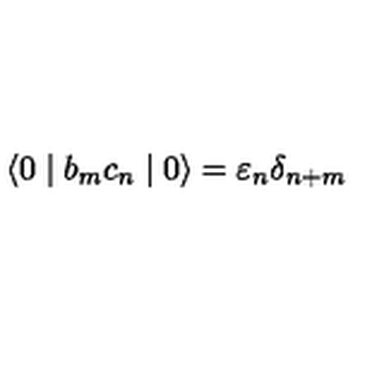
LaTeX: \langle 0 \mid b _ { m } c _ { n } \mid 0 \rangle = { \varepsilon } _ { n } { \delta } _ { n + m }